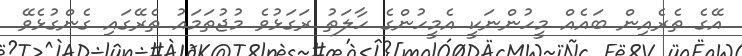
އޭގެ ތެރެއިން ބައެއް މީހުންނަކީ އެމީހުންގެ ހާލަތު ރަގަޅުވެ މުޖުތަމައު ތެރޭގައި ގެންގުޅެވޭ